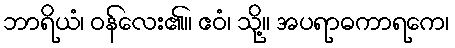
ဘာရိယံ၊ ဝန်လေး၏။ ဧဝံ၊ သို့။ အပရာဓကာရကေ၊